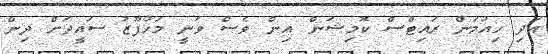
އަދި ހިއުމަން ރައިޓްސް ކޮމިޝަން އިން ވެސް ވަނީ މަހުފޫޒު ސައީދަށް ދިން